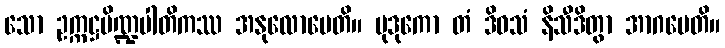
သော ဥက္ကဋ္ဌပိဏ္ဍပါတိကဿ အနုလောမေတိ။ မုဒုကော တံ ဒိဝသံ နိသီဒိတွာ အာဂမေတိ။